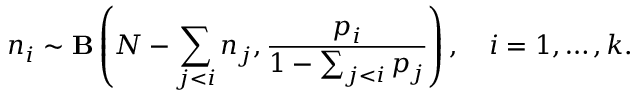
n _ { i } \sim { \bf B } \left( N - \sum _ { j < i } n _ { j } , \frac { p _ { i } } { 1 - \sum _ { j < i } p _ { j } } \right) , \quad i = 1 , \dots , k .